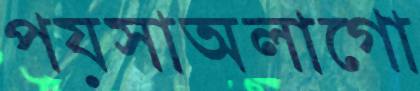
পয়সাঅলাগো